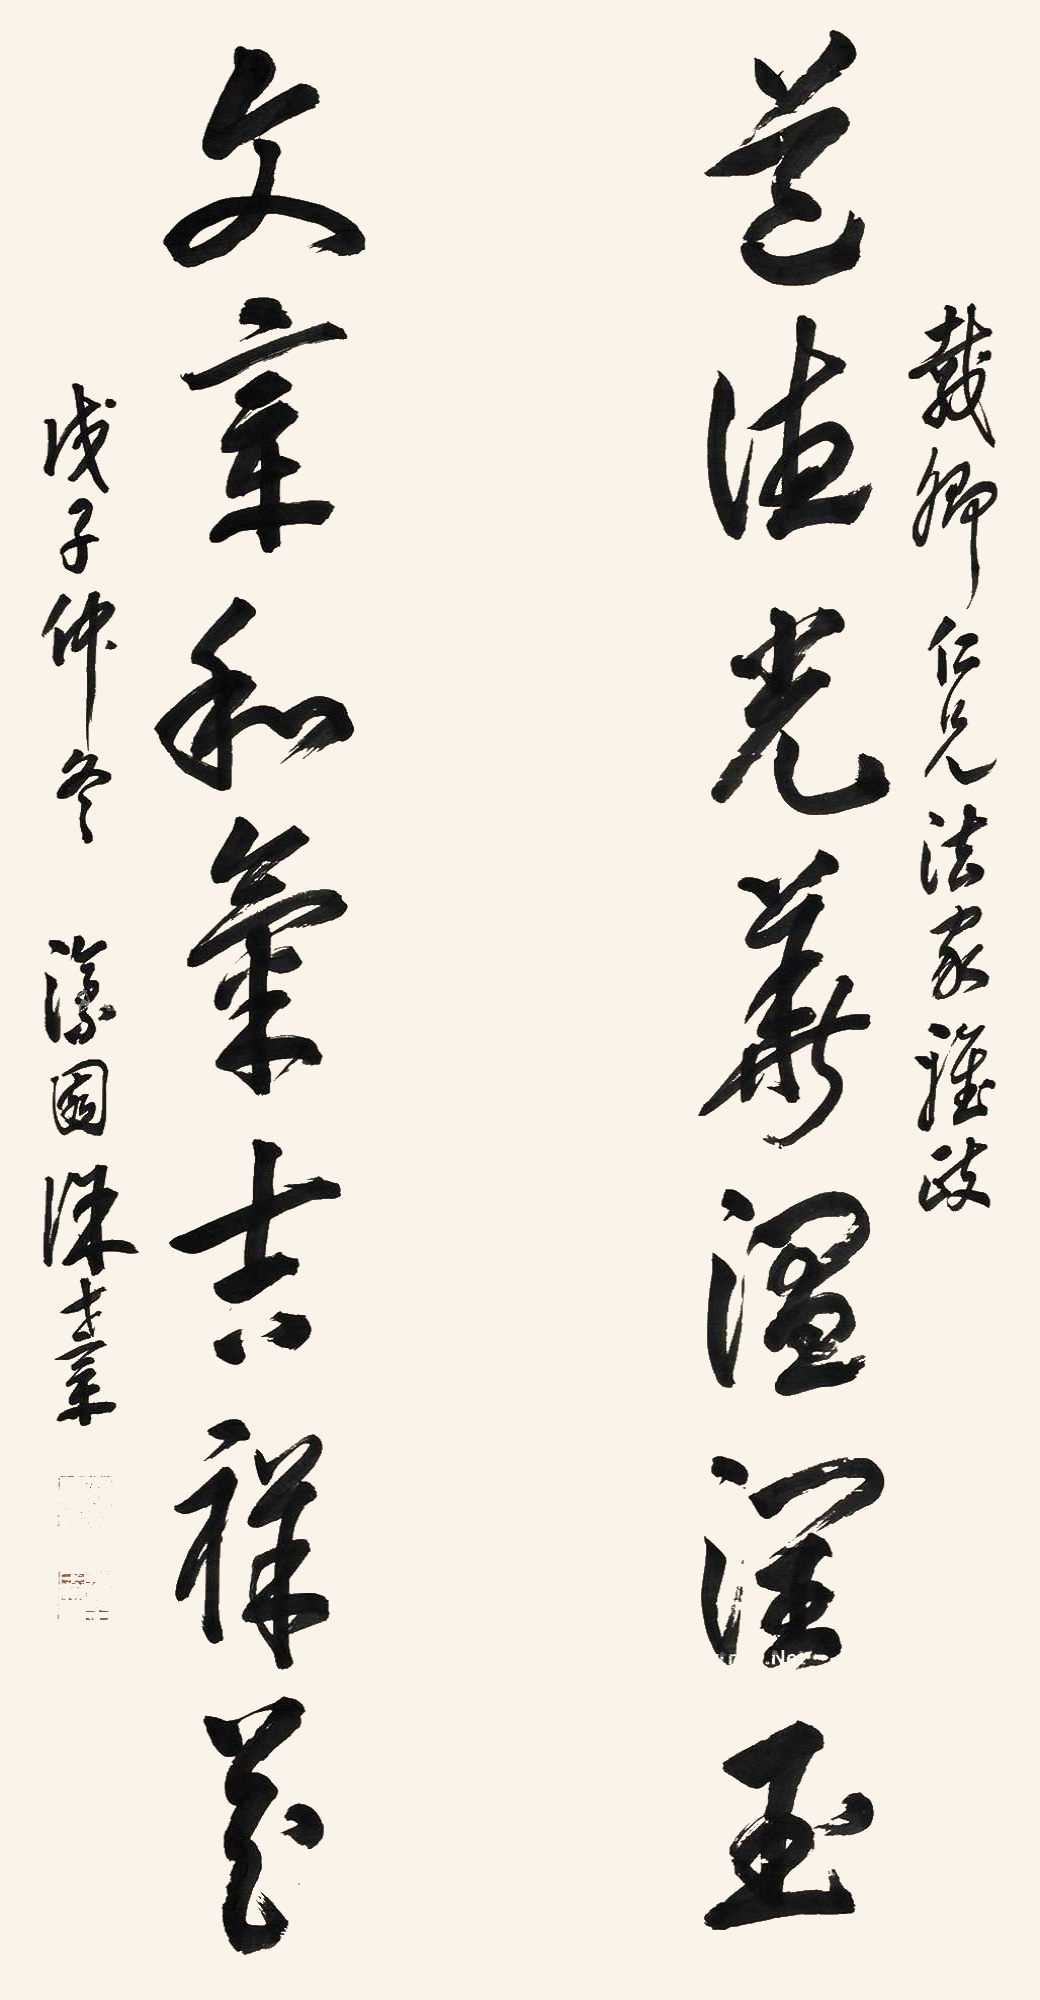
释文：道德光华温润玉，文章和气吉祥花。载卿仁兄法家雅政，戊子仲冬，濠园徐世章。